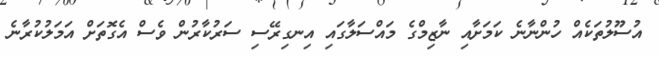
އުސޫލުތަކެއް ހުންނާނެ ކަމަށާއި ނާޒިމްގެ މައްސަލާގައި އިނގިރޭސި ސަރުކާރުން ވެސް އެގޮތަށް އަމަލުކުރާނެ